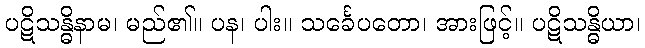
ပဋိသန္ဓိနာမ၊ မည်၏။ ပန၊ ပါး။ သင်္ခေပတော၊ အားဖြင့်။ ပဋိသန္ဓိယာ၊